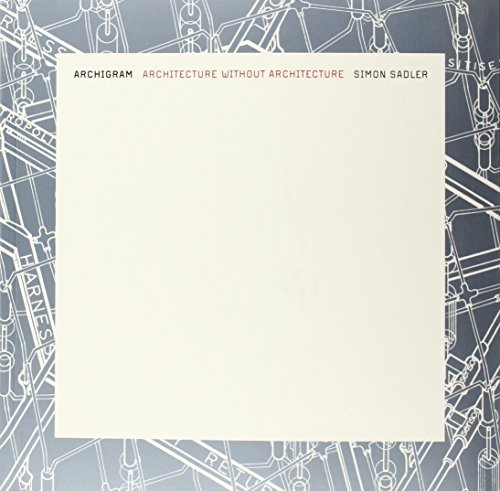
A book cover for Archigram: Architecture without Architecture; Simon Sadler; Arts & Photography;